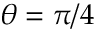
\theta = \pi / 4